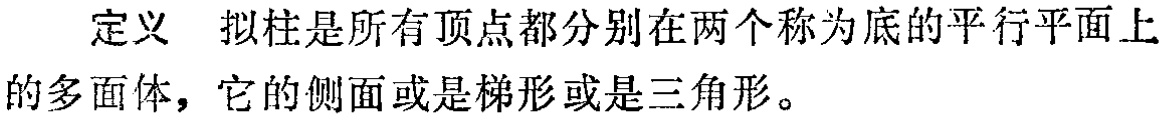
定义 拟柱是所有顶点都分别在两个称为底的平行平面上的多面体，它的侧面或是梯形或是三角形。